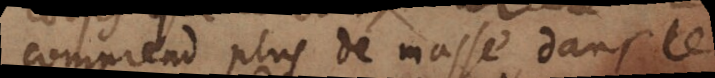
comprend plus de masse dans le